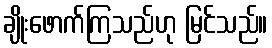
ချိုးဖောက်ကြသည်ဟု မြင်သည်။